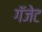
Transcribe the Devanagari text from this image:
गॅजेट